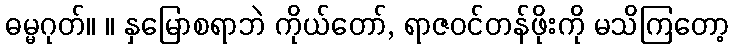
ဓမ္မဂုတ်။ ။ နှမြောစရာဘဲ ကိုယ်တော်, ရာဇဝင်တန်ဖိုးကို မသိကြတော့